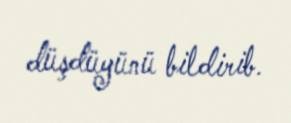
düşdüyünü bildirib.